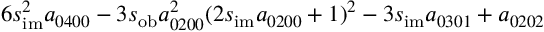
6 s _ { \mathrm { i m } } ^ { 2 } a _ { 0 4 0 0 } - 3 s _ { \mathrm { o b } } a _ { 0 2 0 0 } ^ { 2 } ( 2 s _ { \mathrm { i m } } a _ { 0 2 0 0 } + 1 ) ^ { 2 } - 3 s _ { \mathrm { i m } } a _ { 0 3 0 1 } + a _ { 0 2 0 2 }